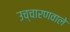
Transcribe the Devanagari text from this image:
उच्चारणवाले